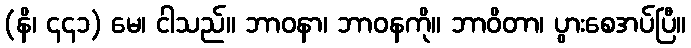
(နိ၊ ၄၄၁) မေ၊ ငါသည်။ ဘာဝနာ၊ ဘာဝနကို။ ဘာဝိတာ၊ ပွားစေအပ်ပြီ။